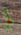
لم